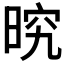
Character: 𭦒